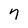
Character: 7